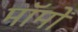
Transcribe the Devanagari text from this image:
मॉमों